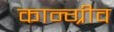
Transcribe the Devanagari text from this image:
कान्ग्रीव